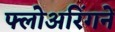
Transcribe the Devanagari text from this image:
फ्लोअरिंगने